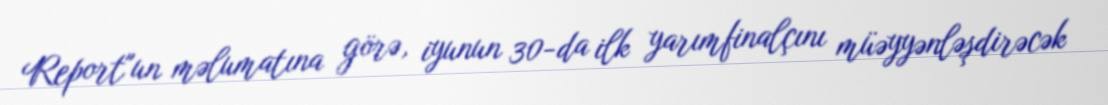
Report"un məlumatına görə, iyunun 30-da ilk yarımfinalçını müəyyənləşdirəcək